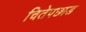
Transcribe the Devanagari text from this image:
चितेपछाड